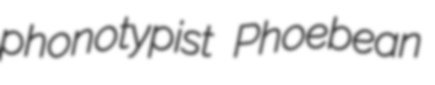
phonotypist Phoebean